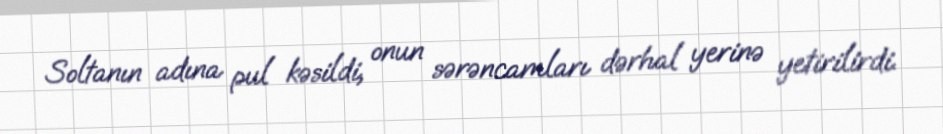
Soltanın adına pul kəsildi, onun sərəncamları dərhal yerinə yetirilirdi.